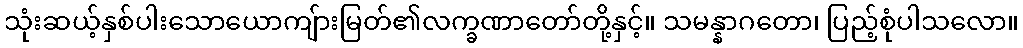
သုံးဆယ့်နှစ်ပါးသောယောကျ်ားမြတ်၏လက္ခဏာတော်တို့နှင့်။ သမန္နာဂတော၊ ပြည့်စုံပါသလော။